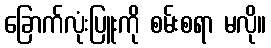
ခြောက်လုံးပြူးကို စမ်းစရာ မလို။